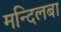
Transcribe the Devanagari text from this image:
मन्दिलबा